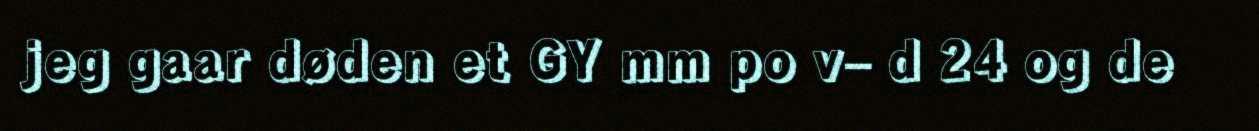
jeg gaar døden et GY mm po v– d 24 og de